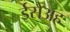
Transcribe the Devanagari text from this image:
ईसैअह